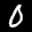
Label: 0